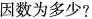
因数为多少?